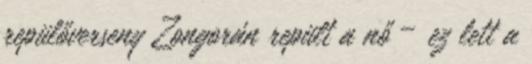
repülőverseny Zongorán repült a nő – ez lett a